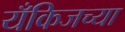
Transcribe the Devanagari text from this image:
यँकिजच्या